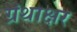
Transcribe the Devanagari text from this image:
ग्रंथाक्षर